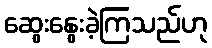
ဆွေးနွေးခဲ့ကြသည်ဟု